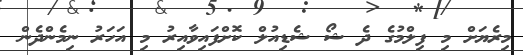
މިރެޔަށް މި ފިލްމުގެ ދެ ޝޯ ޝެޑިއުލް ކޮށްފައިވާއިރު މި އަހަރު ނިމެންދެން